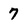
Character: 7